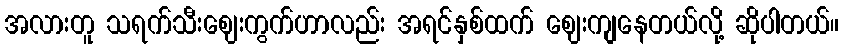
အလားတူ သရက်သီးဈေးကွက်ဟာလည်း အရင်နှစ်ထက် ဈေးကျနေတယ်လို့ ဆိုပါတယ်။